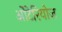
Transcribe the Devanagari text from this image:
ओंटेरियोज